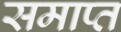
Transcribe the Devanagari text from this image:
समाप्त